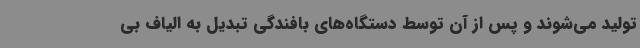
تولید می‌شوند و پس از آن توسط دستگاه‌های بافندگی تبدیل به الیاف بی